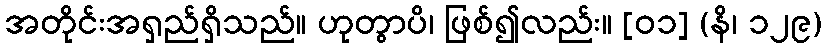
အတိုင်းအရှည်ရှိသည်။ ဟုတွာပိ၊ ဖြစ်၍လည်း။ [၀၁] (နိ၊ ၁၂၉)